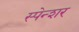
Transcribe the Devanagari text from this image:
स्पेन्शर